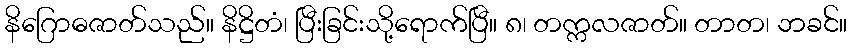
နိဂြောဓဇာတ်သည်။ နိဋ္ဌိတံ၊ ပြီးခြင်းသို့ရောက်ပြီ။ ၈၊ တက္ကလဇာတ်။ တာတ၊ ဘခင်။